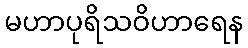
မဟာပုရိသဝိဟာရေန